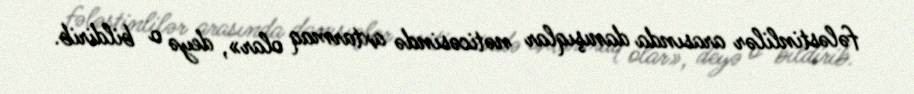
fələstinlilər arasında danışıqlar nəticəsində axtarmaq olar», deyə o bildirib.